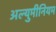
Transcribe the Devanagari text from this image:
अल्युमीनियम